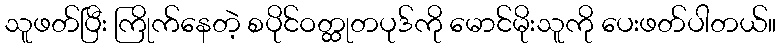
သူဖတ်ပြီး ကြိုက်နေတဲ့ စပိုင်ဝတ္ထုတပုဒ်ကို မောင်မိုးသူကို ပေးဖတ်ပါတယ်။